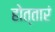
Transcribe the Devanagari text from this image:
होत्तारं